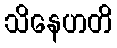
သိနေဟတိ